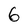
Character: 6